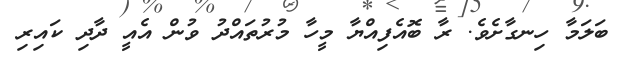
ބަލަމާ ހިނގާށެވެ. ރާ ބޮއެފިއްޔާ މީހާ މުރުތައްދު ވުން އެއީ ދާދި ކައިރި